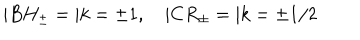
| B H _ { \pm } = | k = \pm 1 , \quad | C R _ { \pm } = | k = \pm 1 / 2